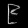
Digit: ၉